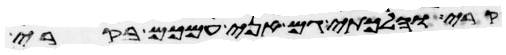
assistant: קרי והלכתי גם אני עמכם בקרי